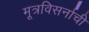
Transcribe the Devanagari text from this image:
मूत्रविसर्नाची